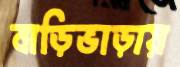
বাড়িভাড়ায়